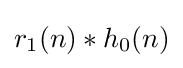
r_{1}(n)*h_{0}(n)